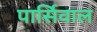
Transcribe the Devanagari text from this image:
पार्सिवाल